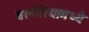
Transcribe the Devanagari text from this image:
बल्गेरियामध्ये